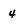
Character: 4